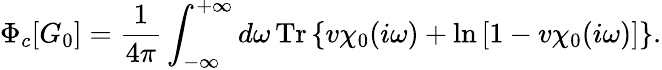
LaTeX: \Phi_{c}[G_{0}]=\frac{1}{4\pi}\int_{-\infty}^{+\infty}d\omega\, \mathrm{Tr}\left\{ v\chi_{0}(i\omega)+\mathrm{ln}\left[1-v\chi_{0}(i\omega)\right]\right\} .